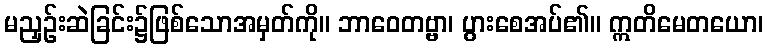
မညှဉ်းဆဲခြင်း၌ဖြစ်သောအမှတ်ကို။ ဘာဝေတဗ္ဗာ၊ ပွားစေအပ်၏။ ဣတိမေတယော၊